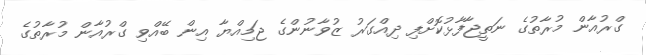
ގްރުއާން މުރާތުގެ ނަތީޖާފާޅުކޮށްފި ދިއްގަރު ޒުވާނުންގެ ޖަމިއްޔާ އިން ބޭއްވި ގްރުއާން މުރާތުގެ